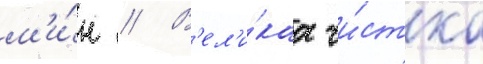
м'и́н // В'ел'и́каа чи́стка